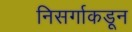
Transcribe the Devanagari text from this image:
निसर्गाकडून